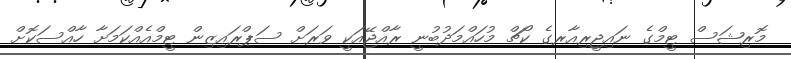
މޮރިޝަސް ޓީމްގެ ނައިޖީރިއާރގެ ކޯޗް މުހައްމަދުބުނީ ރާއްޖޭއަކީ ވަރަށް ސަޕްރައިޒިން ޓީމްއެއްކަމަށާ ހާއްސަކޮށް